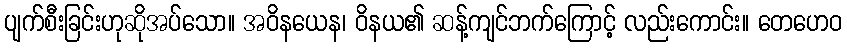
ပျက်စီးခြင်းဟုဆိုအပ်သော။ အဝိနယေန၊ ဝိနယ၏ ဆန့်ကျင်ဘက်ကြောင့် လည်းကောင်း။ တေဟေဝ